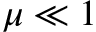
\mu \ll 1